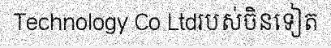
Technology Co Ltdរបស់ចិនទៀត